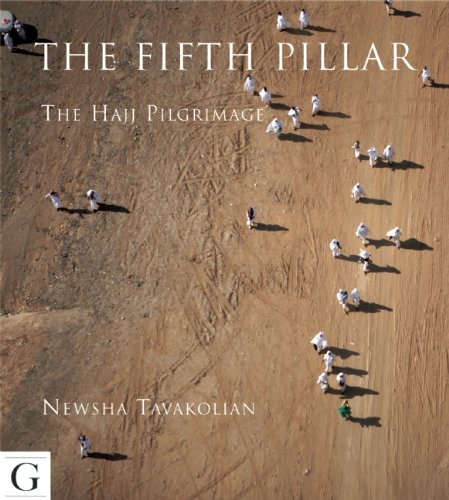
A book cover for The Fifth Pillar: The Hajj Pilgrimage; Newsha Tavakolian; History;